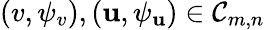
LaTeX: (v,\psi_{v}),(\mathbf{u},\psi_{\mathbf{u}})\in\mathcal{C}_{m,n}